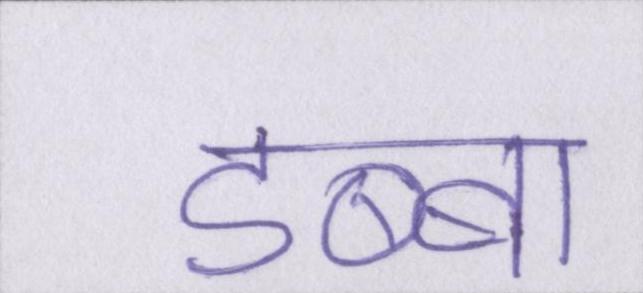
डब्बा